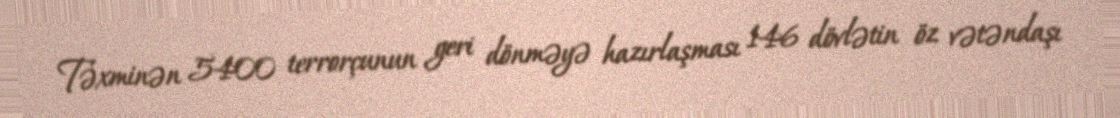
Təxminən 5400 terrorçunun geri dönməyə hazırlaşması 146 dövlətin öz vətəndaşı